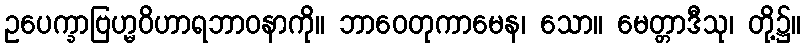
ဥပေက္ခာဗြဟ္မဝိဟာရဘာဝနာကို။ ဘာဝေတုကာမေန၊ သော။ မေတ္တာဒီသု၊ တို့၌။